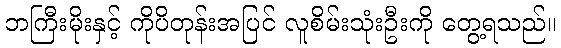
ဘကြီးမိုးနှင့် ကိုပိတုန်းအပြင် လူစိမ်းသုံးဦးကို တွေ့ရသည်။